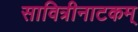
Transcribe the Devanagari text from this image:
सावित्रीनाटकम्